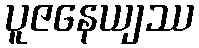
ပူဇနေယျဿ